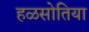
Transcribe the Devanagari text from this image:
हळसोतिया